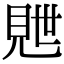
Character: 𬡽